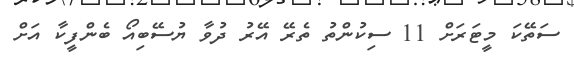
ސަތޭކަ މީޓަރަށް 11 ސިކުންތު ތެރޭ އޭރު ދުވާ ޔުސޭބިއޯ ބެންފީކާ އަށް